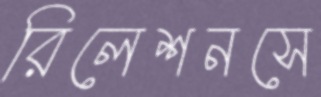
রিলেশনসে